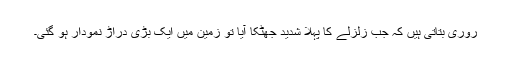
روری بتاتی ہیں کہ جب زلزلے کا پہلا شدید جھٹکا آیا تو زمین میں ایک بڑی دراڑ نمودار ہو گئی۔